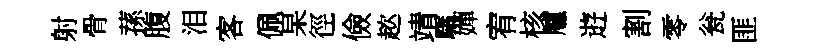
射骨蓀腹泪客佩杲徑儉趑靖驕嬋宥核艫逰割零瓮匪